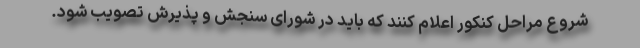
شروع مراحل کنکور اعلام کنند که باید در شورای سنجش و پذیرش تصویب شود.